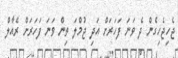
ޖެހިޖެހިގެން ދެ ވަނަ ފަހަރަށް އަދި ޖުމްލަ ތިން ވަނަ ފަހަރަށް ރެއާލް